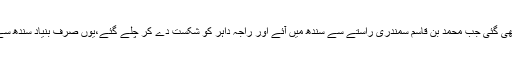
اسلام کی بنیاد سب سے پہلے برصغیر میں اس وقت رکھی گئی جب محمد بن قاسم سمندری راستے سے سندھ میں آئے اور راجہ داہر کو شکست دے کر چلے گئے،یوں صرف بنیاد سندھ سے رکھی گئی لیکن اس کے بعد محمد بن قاسم چلے گئے۔